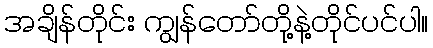
အချိန်တိုင်း ကျွန်တော်တို့နဲ့တိုင်ပင်ပါ။